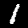
Digit: 1